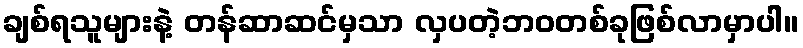
ချစ်ရသူများနဲ့ တန်ဆာဆင်မှသာ လှပတဲ့ဘဝတစ်ခုဖြစ်လာမှာပါ။